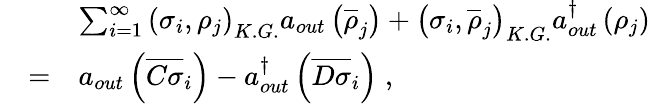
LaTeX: \begin{array}{lll}{{}}&{{\ }}&{{\sum_{i=1}^{\infty}{\left(\sigma_{i},\rho_{j}\right)}_{K.G.}a_{out}\left(\overline{{{\rho}}}_{j}\right)+{\left(\sigma_{i},\overline{{{\rho}}}_{j}\right)}_{K.G.}a_{out}^{\dagger}\left(\rho_{j}\right)}}\\ {{}}&{{=}}&{{a_{out}\left(\overline{{{C\sigma}}}_{i}\right)-a_{out}^{\dagger}\left(\overline{{{D\sigma}}}_{i}\right)\; ,}}\end{array}